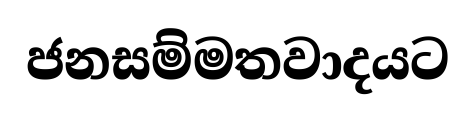
ජනසම්මතවාදයට